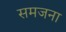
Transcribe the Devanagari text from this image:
समजना